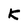
Character: K